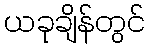
ယခုချိန်တွင်